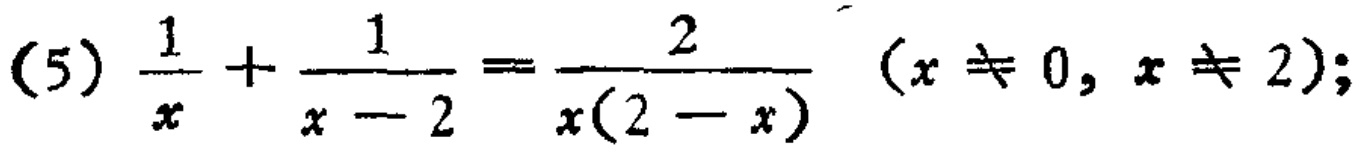
\(\frac{1}{x}+\frac{1}{x - 2}=\frac{2}{x(2 - x)}\ (x\neq0,x\neq2)\)